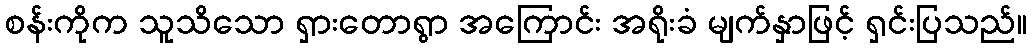
စန်းကိုက သူသိသော ရှားတောရွာ အကြောင်း အရိုးခံ မျက်နှာဖြင့် ရှင်းပြသည်။